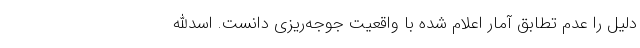
دلیل را عدم تطابق آمار اعلام شده با واقعیت جوجه‌ریزی دانست. اسدالله